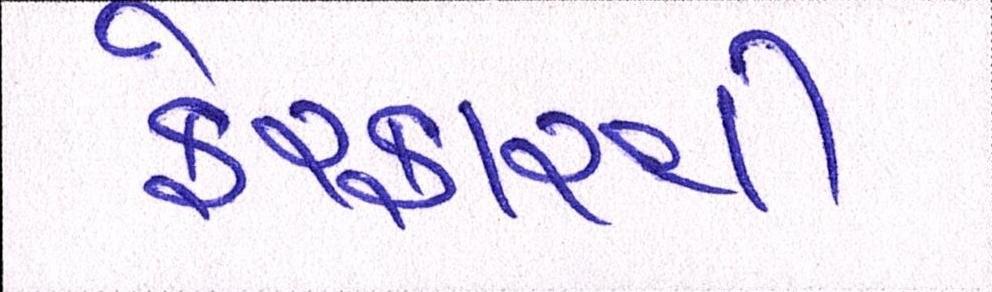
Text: ફેરફારની